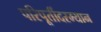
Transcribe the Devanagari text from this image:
परिपूर्तीदरम्यान